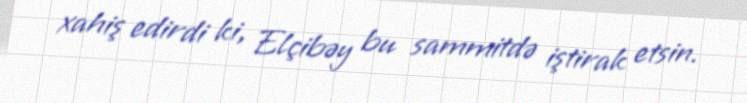
xahiş edirdi ki, Elçibəy bu sammitdə iştirak etsin.